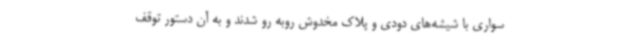
سواری با شیشه‌های دودی و پلاک مخدوش روبه رو شدند و به آن دستور توقف